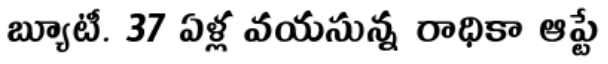
బ్యూటీ. 37 ఏళ్ల వయసున్న రాధికా ఆప్టే